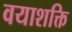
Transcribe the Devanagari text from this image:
वयाशक्ति